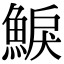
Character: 𩸭